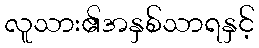
လူသား၏အနှစ်သာရနှင့်